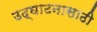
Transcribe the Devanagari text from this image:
उद्घाटनासाठी